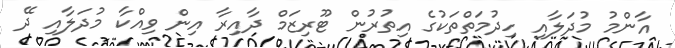
އާންމު މުދަލާއި ހިދުމަތްތަކުގެ އިތުރުން ޓޫރިޒަމް ދާއިރާ އިން ވިއްކާ މުދަލާއި ދޭ